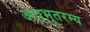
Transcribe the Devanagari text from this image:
अद्भूतरम्य